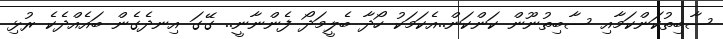
ސާބިތުކަންކަމާއި ސާބިތުނޫން ކަންކަން..އެކަމަކު ހޯދާ ބެލީމަދޯ ފެންނާނީ.. ގޭގަ އިނދެގެން ބައެއްދެކެ ރުޅި